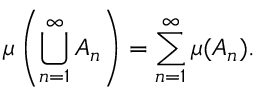
\mu \left( \bigcup _ { n = 1 } ^ { \infty } A _ { n } \right) = \sum _ { n = 1 } ^ { \infty } \mu ( A _ { n } ) .